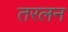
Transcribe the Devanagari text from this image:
तरलन